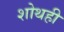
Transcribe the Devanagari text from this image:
शोथही